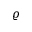
\varrho